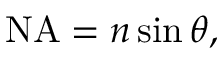
{ \mathrm { N A } } = n \sin \theta ,